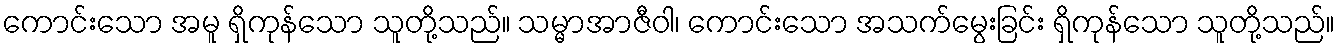
ကောင်းသော အမူ ရှိကုန်သော သူတို့သည်။ သမ္မာအာဇီဝါ၊ ကောင်းသော အသက်မွေးခြင်း ရှိကုန်သော သူတို့သည်။